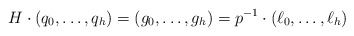
\begin{align*} H\cdot (q_0,\ldots,q_h) = (g_0,\ldots,g_h) = p^{-1}\cdot (\ell_0,\ldots,\ell_h) \end{align*}